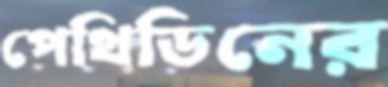
পেথিডিনের